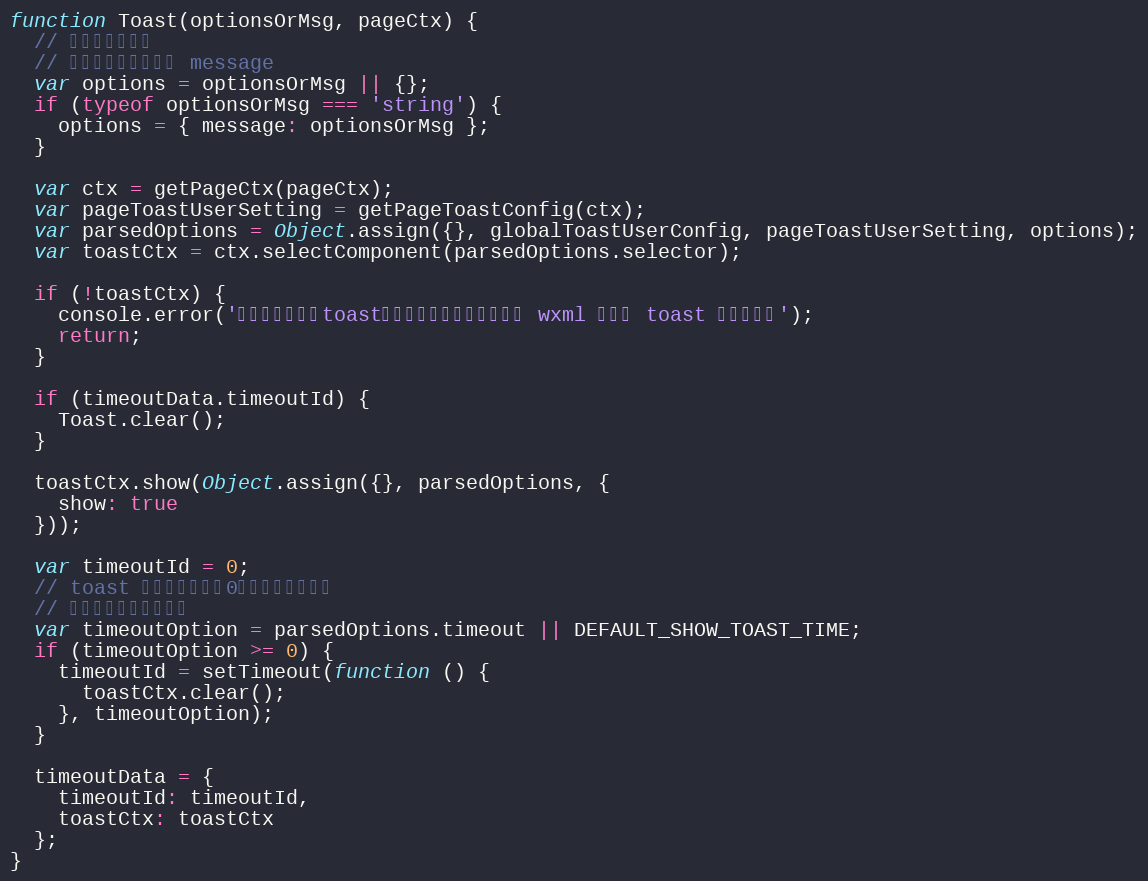
Language: JavaScript
function Toast(optionsOrMsg, pageCtx) {
  // 参数格式化处理
  // 如果是文字，默认为 message
  var options = optionsOrMsg || {};
  if (typeof optionsOrMsg === 'string') {
    options = { message: optionsOrMsg };
  }

  var ctx = getPageCtx(pageCtx);
  var pageToastUserSetting = getPageToastConfig(ctx);
  var parsedOptions = Object.assign({}, globalToastUserConfig, pageToastUserSetting, options);
  var toastCtx = ctx.selectComponent(parsedOptions.selector);

  if (!toastCtx) {
    console.error('无法找到对应的toast组件，请于页面中注册并在 wxml 中声明 toast 自定义组件');
    return;
  }

  if (timeoutData.timeoutId) {
    Toast.clear();
  }

  toastCtx.show(Object.assign({}, parsedOptions, {
    show: true
  }));

  var timeoutId = 0;
  // toast 计时，如果小于0，就不会去关闭。
  // 如果不传，就取默认值
  var timeoutOption = parsedOptions.timeout || DEFAULT_SHOW_TOAST_TIME;
  if (timeoutOption >= 0) {
    timeoutId = setTimeout(function () {
      toastCtx.clear();
    }, timeoutOption);
  }

  timeoutData = {
    timeoutId: timeoutId,
    toastCtx: toastCtx
  };
}